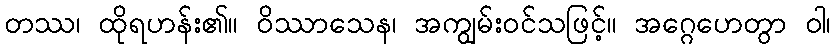
တဿ၊ ထိုရဟန်း၏။ ဝိဿာသေန၊ အကျွမ်းဝင်သဖြင့်။ အဂ္ဂေဟေတွာ ဝါ၊